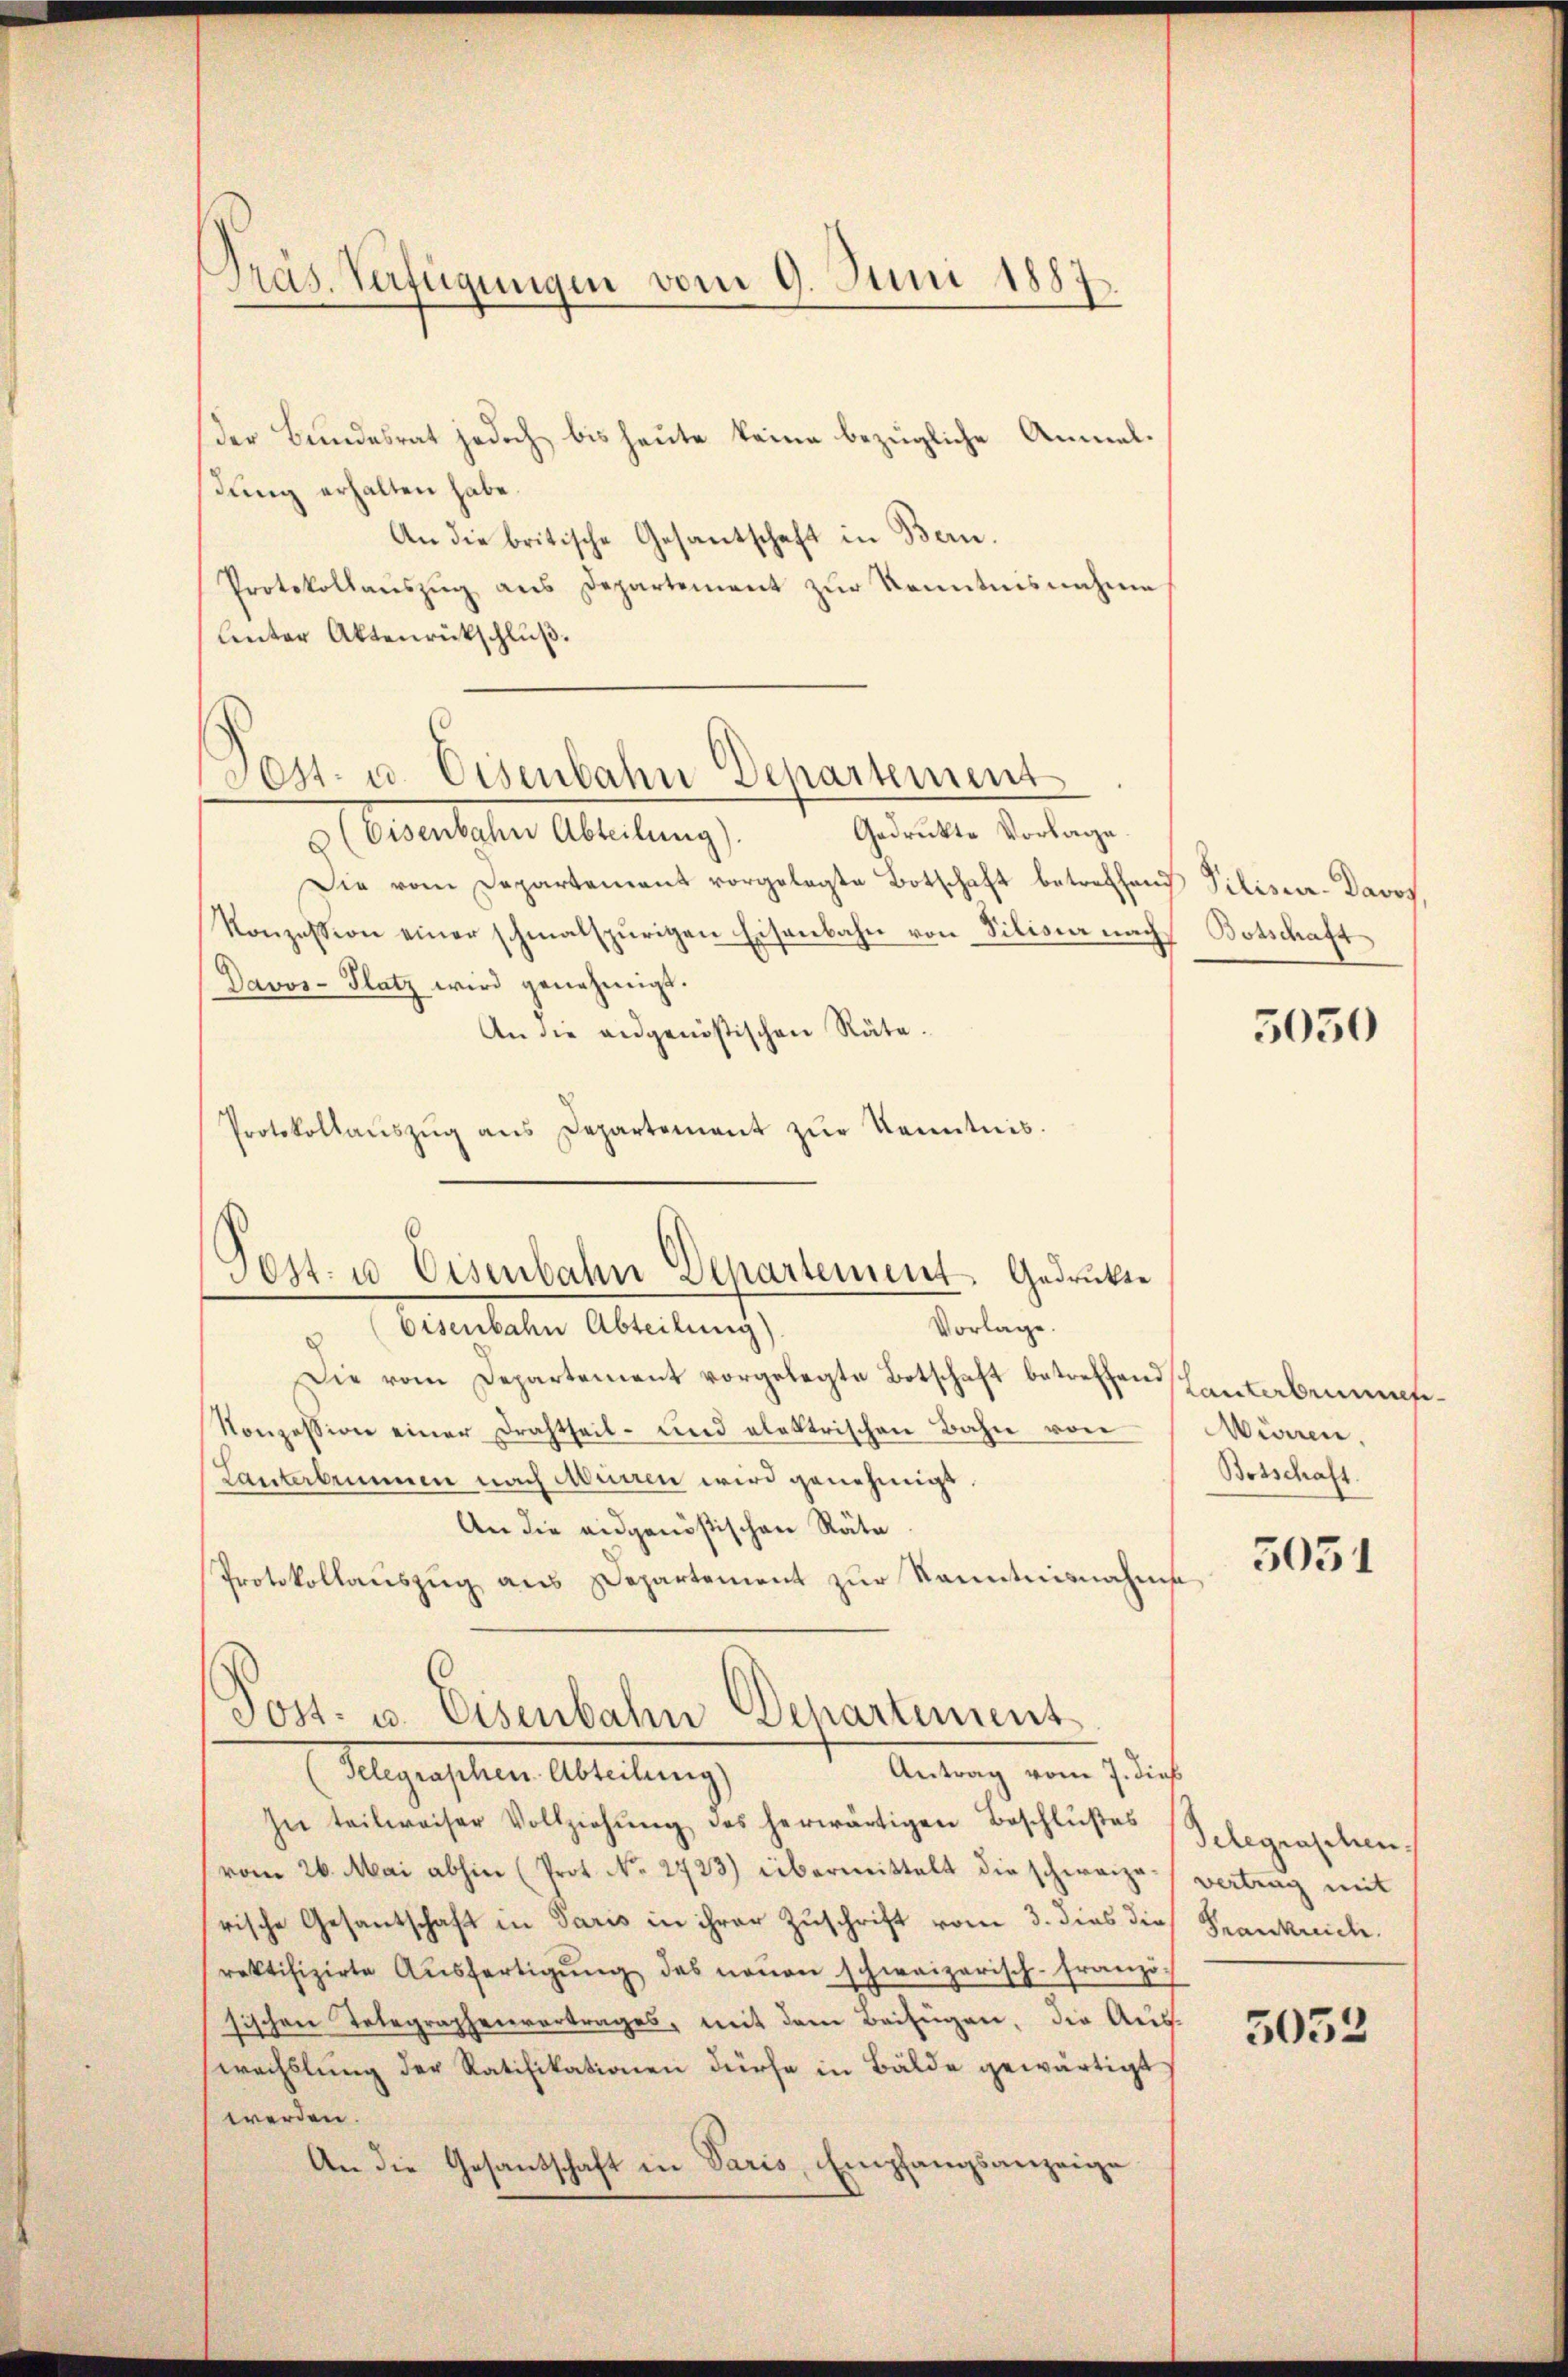
Präs. Verfügungen vom 9. Juni 1887.

der Bundesrat jedoch bis heute keine bezügliche Anmeldung erhalten habe.
An die britische Gesantschaft in Bern.
Protokollaŭszŭg ans Departement zŭr Kenntnisnahme
Unter Aktenrückschluß.
Gedrückte Vorlage.
 Oerlicher Abteilung
Die vom Departement vorgelegte Botschaft betreffend Pilisier-Davos,
Konzession einer schmalspurigen Eisenbahn von Vilisia nach Botschaft
Davos- Platz wird genehmigt.
An die angenößischen Räte.
Protokollaŭszŭg ans Departement zŭr Kenntnis.

Vorlage.
Eisenbahn Abteilung)
Die vom Departement vorgelegte Botschaft betreffend Kantabenums¬
Konzession einer Drahtheil- und elektrischen Bahn von Airen.
Lanterbrunnen nach Mürren wird genehmigt.
An die eidgenößischen Räte
Protokollauszug aus Departement zur Kenntnisnahme
Antrag vom 7. dieß
Alegenschen Abreitung,
In teilweiser Vollziehŭng des herwärtigen Beschlußes Selegraschen
vom 26. Mai abhin (Prot. No. 2723) übermittelt die schweize-vertrag mit
rische Gesantschaft in Paris in ihrer Zuschrift vom 3. dies die Frankreiche
rektifizirte Aŭsfertigŭng des neŭen schweizerisch-franzö-
sischen Telegraphenvertrages, mit dem Beifügen, die Aus-
wechslung der Ratifikationen dürfe in Bälde gewärtigt.
werden.
An die Gesantschaft in Paris, Empfangsanzeige

Pest- u Eisenbahn Departement Gedruckte

es- u. Eisenbahn Departement

Post. u. Eisenbahn Departement

5050

Botschaft.

5031

5032